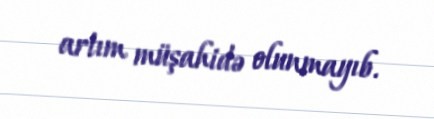
artım müşahidə olunmayıb.